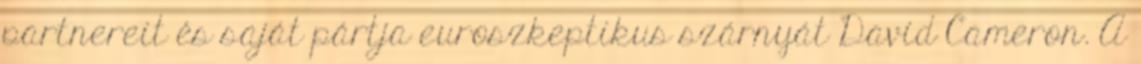
partnereit és saját pártja euroszkeptikus szárnyát David Cameron. A